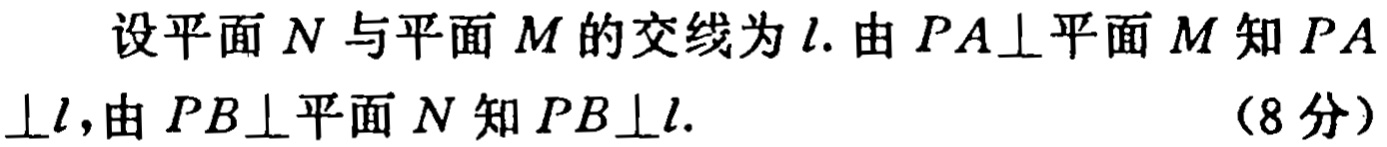
设平面 \(N\) 与平面 \(M\) 的交线为 \(l\). 由 \(PA\perp\)平面 \(M\) 知 \(PA\perp l\), 由 \(PB\perp\)平面 \(N\) 知 \(PB\perp l\). （8分）